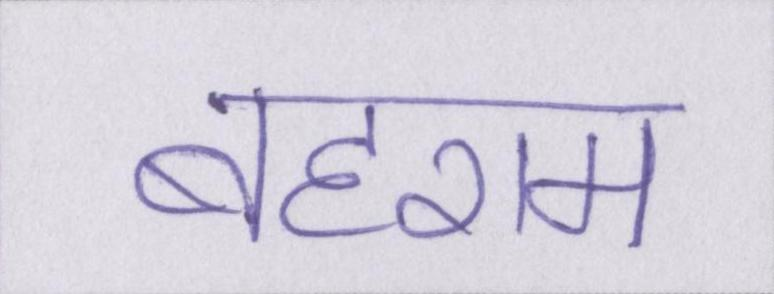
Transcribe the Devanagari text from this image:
बहराम